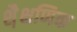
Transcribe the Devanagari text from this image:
शै़क्षणिक